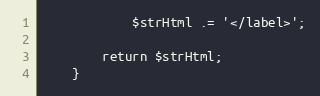
Language: PHP
            $strHtml .= '</label>';

        return $strHtml;
    }